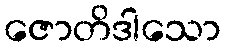
ဇောတိဒါသော